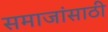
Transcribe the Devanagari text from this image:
समाजांसाठी